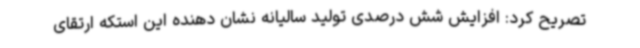
تصریح کرد: افزایش شش درصدی تولید سالیانه نشان دهنده این استکه ارتقای